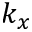
k _ { x }